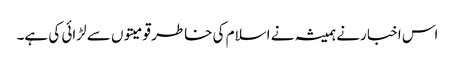
اس اخبا رنے ہمیشہ نے اسلام کی خاطر قومیتوں سے لڑائی کی ہے۔